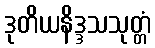
ဒုတိယနိဒ္ဒသသုတ္တံ